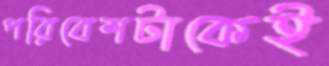
পরিবেশটাকেই